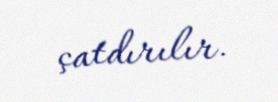
çatdırılır.